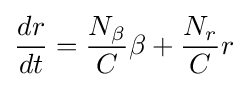
{\frac {dr}{dt}}={\frac {N_{\beta }}{C}}\beta +{\frac {N_{r}}{C}}r